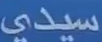
سيدى